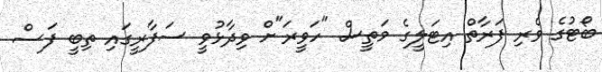
ބޯޓުގެ ވެރި ފަރާތް އިޓަލީގެ މަތީސް "ހަވީރަ"ށް ވިދާޅުވީ ސަފާރީގައި ތިބީ ފަސް